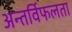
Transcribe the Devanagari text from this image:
अन्तर्विफलता